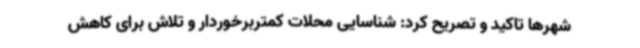
شهرها تاکید و تصریح کرد: شناسایی محلات کمتربرخوردار و تلاش برای کاهش